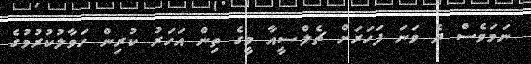
ނަމަވެސް ދެ ވަނަ ފަހަރަށް ޗެލްސީއާ މީގެ ތިން އަހަރު ކުރިން ހަވާލުކުރުމުގެ